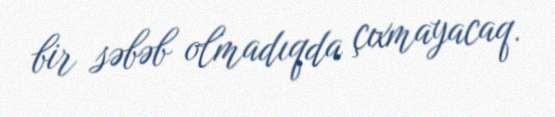
bir səbəb olmadıqda çıxmayacaq.